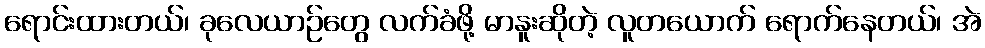
ရောင်းထားတယ်၊ ခုလေယာဉ်တွေ လက်ခံဖို့ မာနူးဆိုတဲ့ လူတယောက် ရောက်နေတယ်၊ အဲ